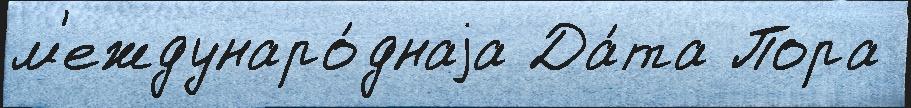
м'еждунаро́днаjа Да́та Пора